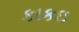
કાકઇ